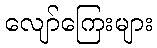
လျော်ကြေးများ